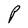
Character: P